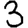
Digit: 3